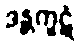
ဒန္တကူဋံ